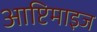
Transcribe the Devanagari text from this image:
आप्टिमाइज